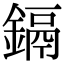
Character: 鎘